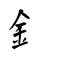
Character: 釒